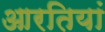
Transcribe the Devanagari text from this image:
आरतियां